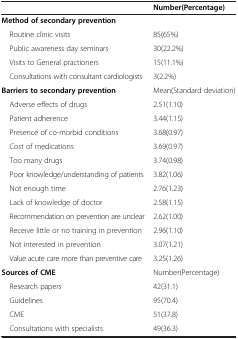
<table><thead><tr><td>[EMPTY_CELL]</td><td><b>Number(Percentage)</b></td></tr></thead><tbody><tr><td><b>Method of secondary prevention</b></td><td>[EMPTY_CELL]</td></tr><tr><td> Routine clinic visits</td><td>85(65%)</td></tr><tr><td> Public awareness day seminars</td><td>30(22.2%)</td></tr><tr><td> Visits to General practioners</td><td>15(11.1%)</td></tr><tr><td> Consultations with consultant cardiologists</td><td>3(2.2%)</td></tr><tr><td><b>Barriers to secondary prevention</b></td><td>Mean(Standard deviation)</td></tr><tr><td> Adverse effects of drugs</td><td>2.51(1.10)</td></tr><tr><td> Patient adherence</td><td>3.44(1.15)</td></tr><tr><td> Presence of co-morbid conditions</td><td>3.68(0.97)</td></tr><tr><td> Cost of medications</td><td>3.69(0.97)</td></tr><tr><td> Too many drugs</td><td>3.74(0.98)</td></tr><tr><td> Poor knowledge/understanding of patients</td><td>3.82(1.06)</td></tr><tr><td> Not enough time</td><td>2.76(1.23)</td></tr><tr><td> Lack of knowledge of doctor</td><td>2.58(1.15)</td></tr><tr><td> Recommendation on prevention are unclear</td><td>2.62(1.00)</td></tr><tr><td> Receive little or no training in prevention</td><td>2.96(1.10)</td></tr><tr><td> Not interested in prevention</td><td>3.07(1.21)</td></tr><tr><td> Value acute care more than preventive care</td><td>3.25(1.26)</td></tr><tr><td><b>Sources of CME</b></td><td>Number(Percentage)</td></tr><tr><td> Research papers</td><td>42(31.1)</td></tr><tr><td> Guidelines</td><td>95(70.4)</td></tr><tr><td> CME</td><td>51(37.8)</td></tr><tr><td> Consultations with specialists</td><td>49(36.3)</td></tr></tbody></table>